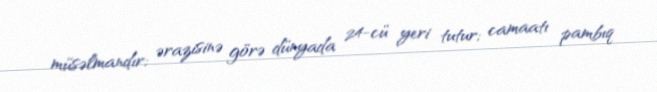
müsəlmandır; ərazisinə görə dünyada 24-cü yeri tutur; camaatı pambıq